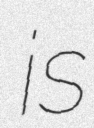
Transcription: is